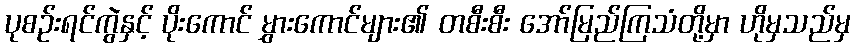
ပုစဉ်းရင်ကွဲနှင့် ပိုးကောင် မွှားကောင်များ၏ တစီးစီး အော်မြည်ကြသံတို့မှာ ဟိုမှသည်မှ